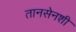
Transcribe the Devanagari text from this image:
तानसेनशी